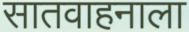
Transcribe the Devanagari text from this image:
सातवाहनाला